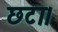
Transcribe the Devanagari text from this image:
छटा।